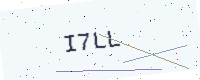
Text: I7LL